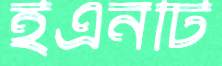
ইএনটি